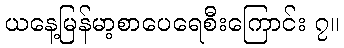
ယနေ့မြန်မာ့စာပေရေစီးကြောင်း ၇။